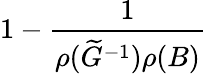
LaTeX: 1-\frac{1}{\rho(\widetilde G^{-1})\rho(B)}